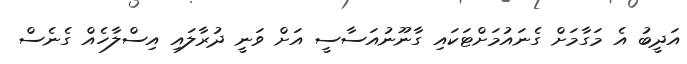
އަދީބު އެ މަގާމަށް ގެނައުމަށްޓަކައި ގާނޫނުއަސާސީ އަށް ވަނީ ދުރާލައި އިސްލާހެއް ގެނެސް